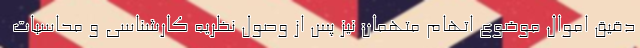
دقیق اموال موضوع اتهام متهمان نیز پس از وصول نظریه کارشناسی و محاسبات